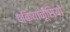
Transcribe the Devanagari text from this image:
दकियानूसियों